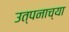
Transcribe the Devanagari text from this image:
उत्पनाच्या